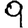
Digit: 9